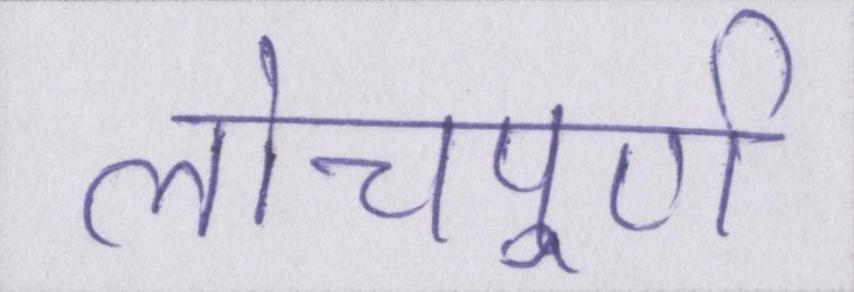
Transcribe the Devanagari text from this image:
लोचपूर्ण